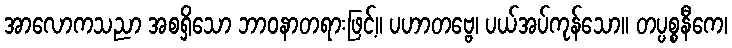
အာလောကသညာ အစရှိသော ဘာဝနာတရားဖြင့်။ ပဟာတဗ္ဗေ၊ ပယ်အပ်ကုန်သော။ တပ္ပစ္စနီကေ၊